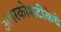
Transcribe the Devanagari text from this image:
अमरकोशटीकेचे